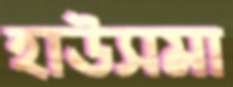
হাউসমা